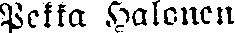
Pekka Halonen